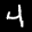
Label: 4